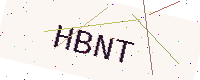
Text: HBNT